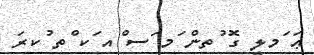
ޢަ ަމލީ ގޮ ުތން ަމ ަސ ްއ ަކ ްތ ުކރަ